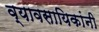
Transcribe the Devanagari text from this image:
व्यावसायिकांनी